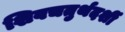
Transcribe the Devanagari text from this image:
शिवचतुर्थदर्शी